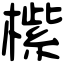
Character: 橴